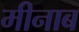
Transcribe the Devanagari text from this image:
मीनाब